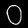
Label: 0